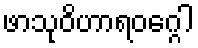
ဖာသုဝိဟာရဝဂ္ဂေါ